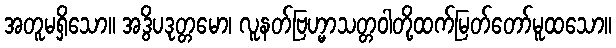
အတူမရှိသော။ အဒွိပဒုတ္တမော၊ လူနတ်ဗြဟ္မာသတ္တဝါတို့ထက်မြတ်တော်မူထသော။